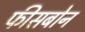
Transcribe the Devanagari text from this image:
फीसबोन